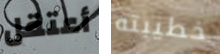
أعتقل خطيبته